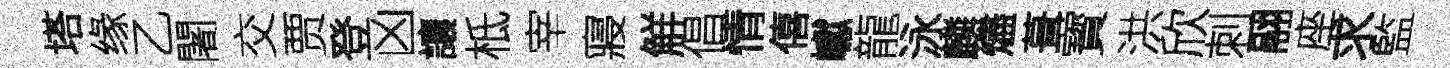
塔缘乙闍交贾登凶讓柢宰寢觧倡情僖巘龍泳麟燼葺寳洪欣刺翮座求監